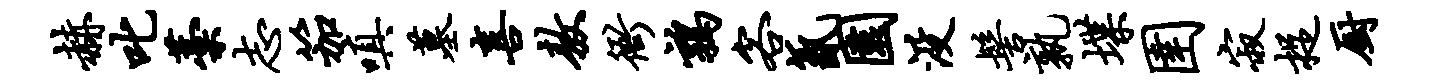
赫叱藁志笳嗔墓喜敖衙鹑客氤园没髻孰堞圉寂捉厨